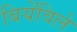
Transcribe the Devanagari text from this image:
बियेंविले